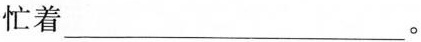
忙着___。